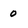
Character: 0